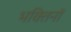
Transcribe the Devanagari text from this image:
भक्तिनों